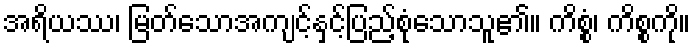
အရိယဿ၊ မြတ်သောအကျင့်နှင့်ပြည့်စုံသောသူ၏။ ကိစ္စံ၊ ကိစ္စကို။